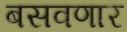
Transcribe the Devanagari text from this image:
बसवणार